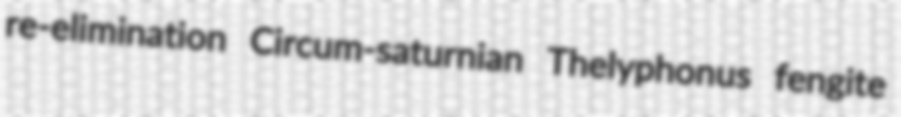
re-elimination Circum-saturnian Thelyphonus fengite